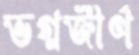
ভগ্নজীর্ণ